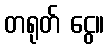
တရုတ် ငွေ။